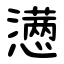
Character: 懑